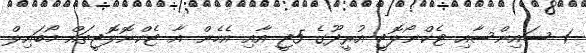
1 ސައިންސާއި ޓެކްނޯލޮޖީ އުރީދޫގެ 5ޖީ އާއި އެހެން އާ ޓެކްނޮލޮޖީތައް މޯބައިލް